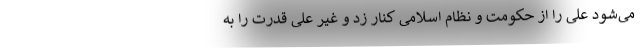
می‌شود علی را از حکومت و نظام اسلامی کنار زد و غیر علی قدرت را به